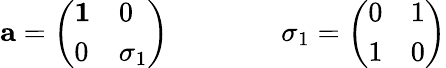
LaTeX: {\mathbf a}=\left(\begin{array}{ll}{{{\mathbf 1}}}&{{0}}\\ {{0}}&{{\sigma_{1}}}\end{array}\right)\qquad\qquad\sigma_{1}=\left(\begin{array}{ll}{{0}}&{{1}}\\ {{1}}&{{0}}\end{array}\right)